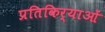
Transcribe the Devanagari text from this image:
प्रतिकिर्याओं